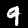
Digit: 9